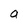
Character: a